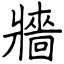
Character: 牆